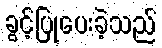
ခွင့်ပြုပေးခဲ့သည်